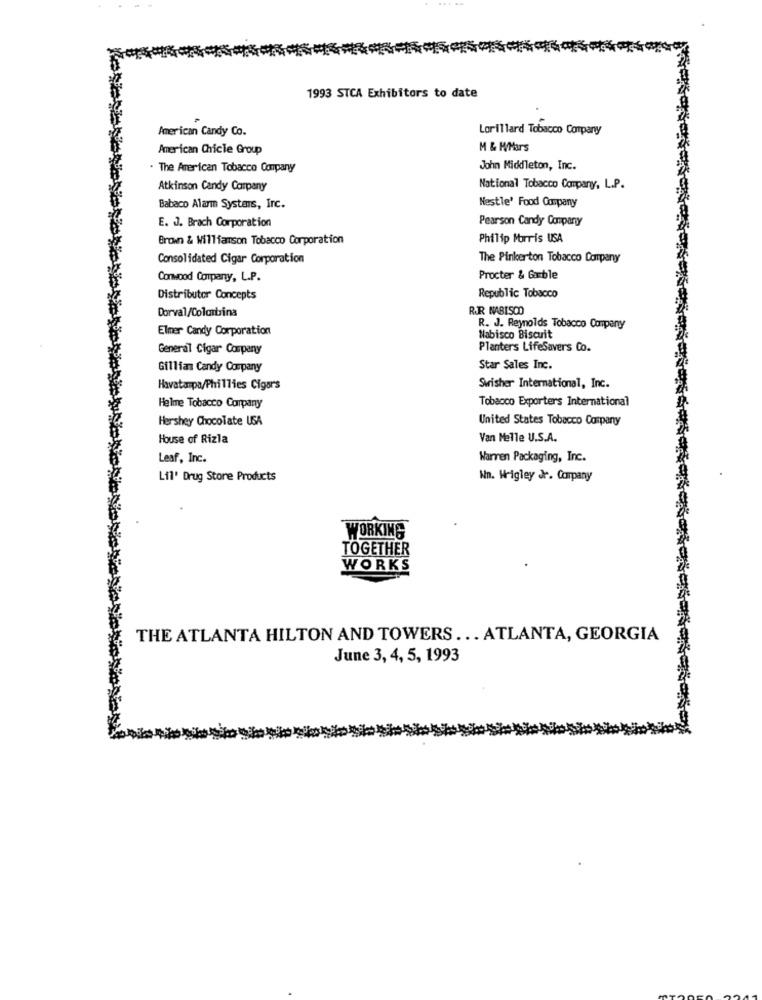
....
1993 STCA Exhibitors to date
American Candy Co.
Lorillard Tobacco Company
American Chicle Group
M & MMars
. The American Tobacco Company
John Middleton, Inc.
Atkinson Candy Carpeny
National Tobacco Company, L.P.
Babaco Alarm Systems, Inc.
Nestle' Food Company
E. J. Brach Corporation
Pearson Candy Company
Brown & Williamson Tobacco Corporation
Philip Morris USA
Consolidated Cigar Corporation
The Pinkerton Tobacco Company
Conwood Company, L.P.
Procter & Gamble
Distributor Concepts
Republic Tobacco
Dorval/Colombina
RJR NABISCO
Elmer Candy Corporation
R. J. Reynolds Tobacco Company
Nabisco Biscuit
General Cigar Company
Planters LifeSavers Co.
Gillian Candy Company
Star Sales Inc.
Havatampa/Phillies Cigars
Swisher International, Inc.
Helme Tobacco Company
Tobacco Exporters International
Hershey Chocolate USA
United States Tobacco Company
House of Rizla
Van Melle U.S.A.
Leaf, Inc.
Warren Packaging, Inc.
Lil' Drug Store Products
Wn. Wrigley Jr. Carpany
WORKING
TOGETHER
WORKS
THE ATLANTA HILTON AND TOWERS ... ATLANTA, GEORGIA
June 3, 4, 5, 1993